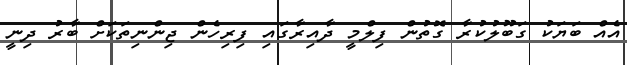
އެއް ބަޔަކު ގަބޫލުކުރާ ގޮތުން ފިލްމީ ދާއިރާގައި ފިރިހެން ޖިންނިތަކަށް ބާރު ދިނީ